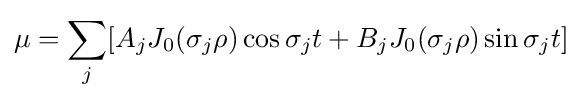
\mu =\sum _{j}[A_{j}J_{0}(\sigma _{j}\rho )\cos \sigma _{j}t+B_{j}J_{0}(\sigma _{j}\rho )\sin \sigma _{j}t]